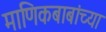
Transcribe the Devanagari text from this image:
माणिकबाबांच्या